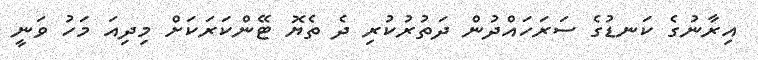
އިރާނުގެ ކަނޑުގެ ސަރަހައްދުން ދަތުރުކުރި ދެ ތެޔޮ ޓޭންކަރަކަށް މިދިއަ މަހު ވަނީ